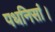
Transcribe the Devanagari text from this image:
पधनिसां।